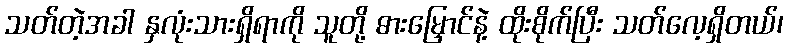
သတ်တဲ့အခါ နှလုံးသားရှိရာကို သူတို့ ဓားမြှောင်နဲ့ ထိုးစိုက်ပြီး သတ်လေ့ရှိတယ်၊